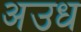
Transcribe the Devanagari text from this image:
अउध